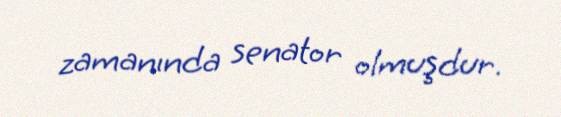
zamanında senator olmuşdur.